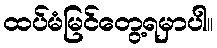
ထပ်မံမြင်တွေ့ရမှာပါ။